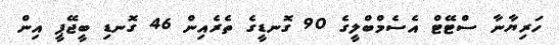
ހަރިޔާނާ ސްޓޭޓް އެސެމްބްލީގެ 90 ގޮނޑީގެ ތެރެއިން 46 ގޮނޑި ބީޖޭޕީ އިން